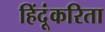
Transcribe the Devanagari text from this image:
हिंदूंकरिता